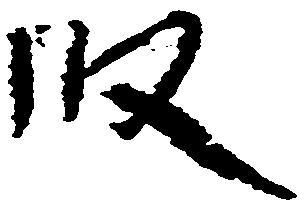
段